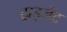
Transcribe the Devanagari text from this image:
ट्राइजेट